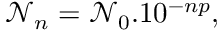
\mathscr { N } _ { n } = \mathscr { N } _ { 0 } . 1 0 ^ { - n p } ,